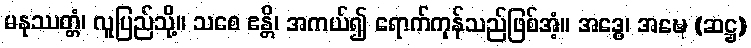
မနုဿတ္တံ၊ လူပြည်သို့။ သစေ ဧန္တိ၊ အကယ်၍ ရောက်ကုန်သည်ဖြစ်အံ့။ အဒ္ဓေ၊ အဍ္ဎေ (ဆဋ္ဌ)